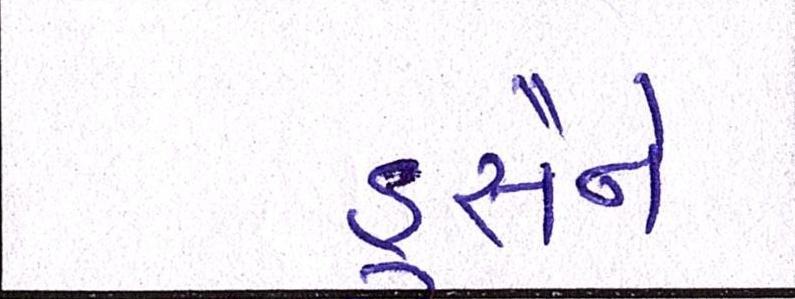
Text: હુસૈને